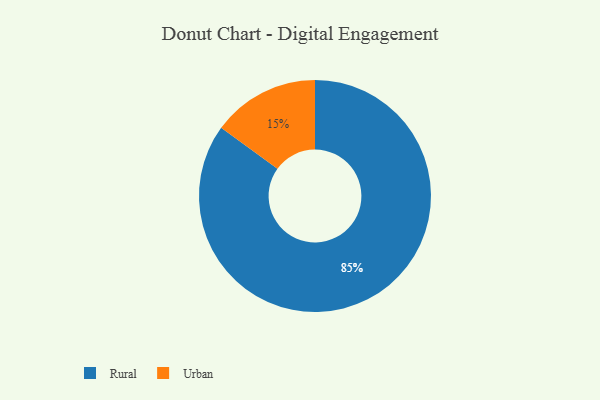
{"axis": {"x": "Category", "y": "Percentage"}, "legend": ["Rural", "Urban"], "data": [{"x": "Rural", "y": 85, "type": "Rural"}, {"x": "Urban", "y": 15, "type": "Urban"}]}